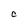
Character: C